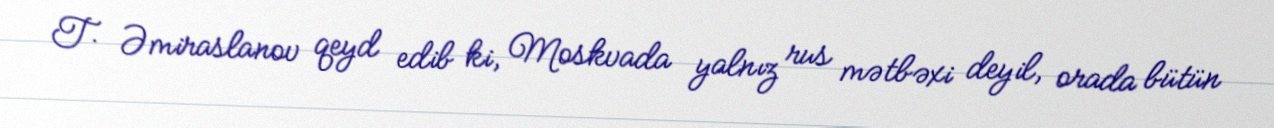
T. Əmiraslanov qeyd edib ki, Moskvada yalnız rus mətbəxi deyil, orada bütün